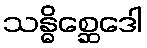
သန္ဓိစ္ဆေဒေါ